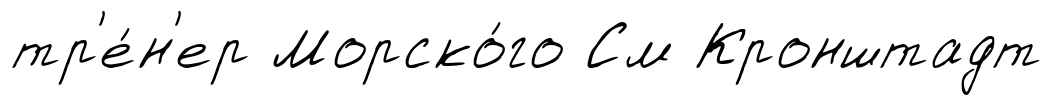
тр'е́н'ер Морско́го См Кронштадт